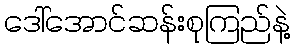
ဒေါ်အောင်ဆန်းစုကြည်နဲ့